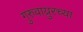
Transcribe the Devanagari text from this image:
गुरुवाय्रुरच्या